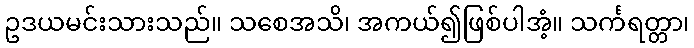
ဥဒယမင်းသားသည်။ သစေအသိ၊ အကယ်၍ဖြစ်ပါအံ့။ သင်္ကရတ္တာ၊